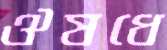
ঔষধে